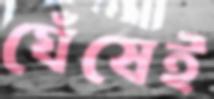
ঘেঁষেই